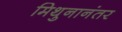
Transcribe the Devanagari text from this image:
मिथुनानंतर